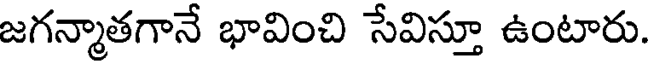
జగన్మాతగానే భావించి సేవిస్తూ ఉంటారు.